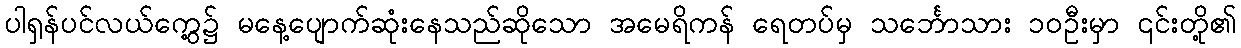
ပါရှန်ပင်လယ်ကွေ့၌ မနေ့ပျောက်ဆုံးနေသည်ဆိုသော အမေရိကန် ရေတပ်မှ သင်္ဘောသား ၁၀ဦးမှာ ၎င်းတို့၏